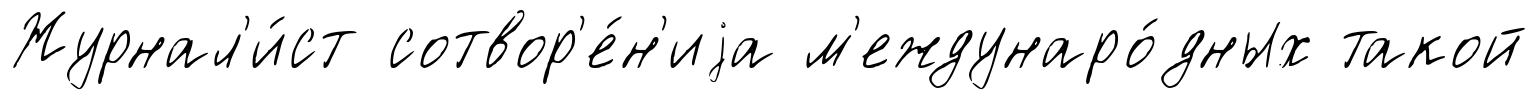
Журнал'и́ст сотвор'е́н'иjа м'еждунаро́дных такой